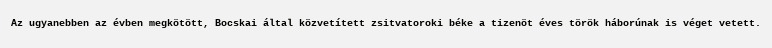
Az ugyanebben az évben megkötött, Bocskai által közvetített zsitvatoroki béke a tizenöt éves török háborúnak is véget vetett.